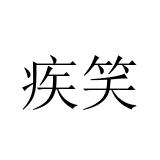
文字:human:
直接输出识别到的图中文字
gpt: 疾笑